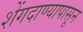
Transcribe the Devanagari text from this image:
शेंगदाण्यापासून